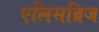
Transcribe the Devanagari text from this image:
एलिसब्रिज